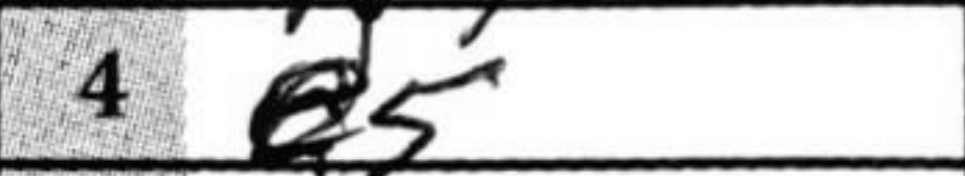
Transcription: e5